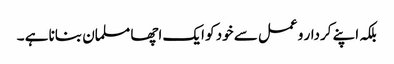
بلکہ اپنے کردار و عمل سے خود کو ایک اچھا مسلمان بنانا ہے ۔